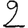
Digit: 2